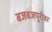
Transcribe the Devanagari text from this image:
बजबजपुरीवर